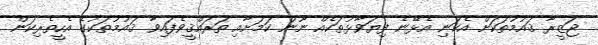
ޖަޒީރާ ޤައުމުތަކަށް އެކަނި އެޅޭނެ ފިޔަވާޅުތަކެއް ނޫން ކަމަށާއި ތަރައްޤީވެފައިވާ ޤައުމުތަކުގެ އެހީތެރިކަން